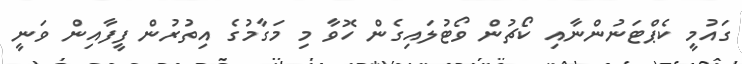
ގައުމީ ކެޕްޓަނުންނާއި ކޯޗުން ވޯޓުލައިގެން ހޮވާ މި މަގާމުގެ އިތުރުން ފީފާއިން ވަނީ